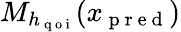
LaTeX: M_{h_{\mathrm{~q~o~i~}}}(x_{\mathrm{~p~r~e~d~}})